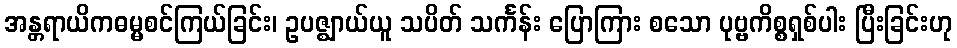
အန္တရာယိကဓမ္မစင်ကြယ်ခြင်း၊ ဥပဇ္ဈာယ်ယူ သပိတ် သင်္ကန်း ပြောကြား စသော ပုဗ္ဗကိစ္စရှစ်ပါး ပြီးခြင်းဟု